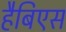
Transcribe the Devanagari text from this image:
हैबिएस